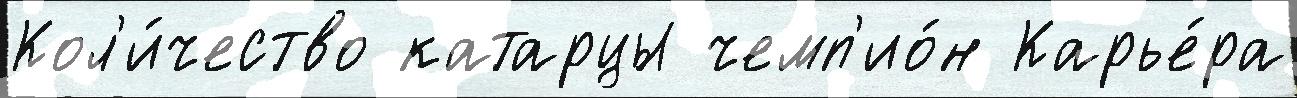
Кол'и́чество катарцы чемп'ио́н Карье́ра